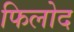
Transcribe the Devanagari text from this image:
फिलोद